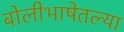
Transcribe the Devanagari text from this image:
बोलीभाषेतल्या